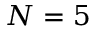
N = 5